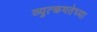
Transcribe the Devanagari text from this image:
व्युत्क्रमतेच्या